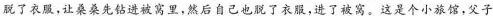
脱了衣服，让桑桑先钻进被窝里，然后自己也脱了衣服，进了被窝。这是个小旅馆，父子